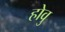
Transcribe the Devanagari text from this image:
होवु